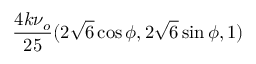
\frac { 4 k \nu _ { o } } { 2 5 } ( 2 \sqrt { 6 } \cos \phi , 2 \sqrt { 6 } \sin \phi , 1 )